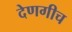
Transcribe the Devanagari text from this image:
देणगीच